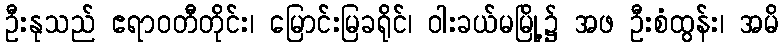
ဦးနုသည် ဧရာဝတီတိုင်း၊ မြောင်းမြခရိုင်၊ ဝါးခယ်မမြို့၌ အဖ ဦးစံထွန်း၊ အမိ